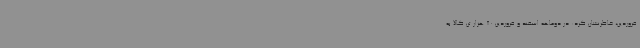
فروردین، خاطرنشان کرد: در دوماهه اسفند و فروردین 80 هزار تن کالا به